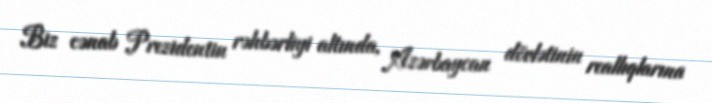
Biz cənab Prezidentin rəhbərliyi altında, Azərbaycan dövlətinin reallıqlarına